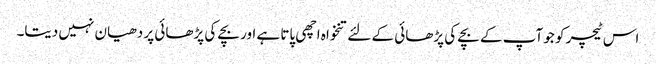
اس ٹیچر کو جو آپ کے بچے کی پڑھائی کے لئے تنخواہ اچھی پاتا ہے اور بچے کی پڑھائی پر دھیان نہیں دیتا۔